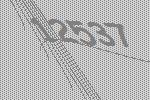
12537